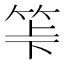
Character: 𥬷